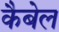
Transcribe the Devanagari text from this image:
कैबेल